Report on vaccination in Madras 1904-1921 - 1904-1921
Year: 1904
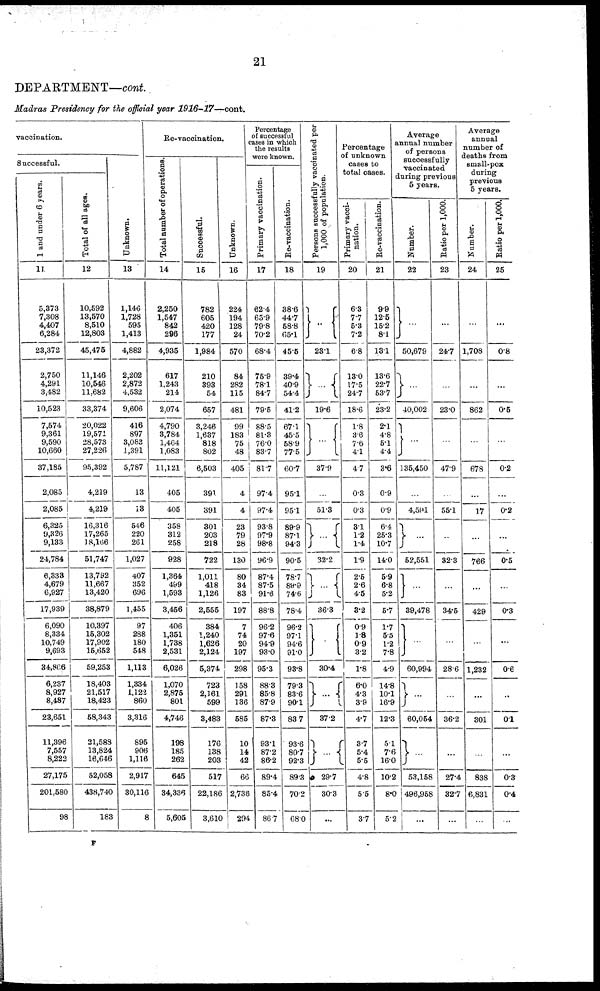
21
DEPARTMENT—cont.
Madras Presidency for the official year 1916-17—cont.
vaccination.
Successful.
1 and under 6 years.
11
5,373
7,308
4,407
6,284
23,372
2,750
4,291
3,482
10,523
7,574
9,361
9,590
10,660
37,185
2,085
2,085
6,325
9,326
9,133
24,784
6,333
4,679
6,927
17,939
6,090
8,334
10,749
9,693
34,866
6,237
8,927
8,487
23,651
11,396
7,557
8,222
27,175
201,580
98
Total of all ages.
12
10,592
13,570
8,510
12,803
45,475
11,146
10,546
11,682
33,374
20,022
19,571
28,573
27,226
95,392
4,219
4,219
16,316
17,265
18,166
51,747
13,792
11,667
13,420
38,879
10,397
15,302
17,902
15,652
59,253
18,403
21,517
18,423
58,343
21,588
13,824
16,646
52,058
438,740
183
Unknown.
13
1,146
1,728
595
1,413
4,882
2,202
2,872
4,532
9,606
416
897
3,083
1,391
5,787
13
13
546
220
261
1,027
407
352
696
1,455
97
288
180
548
1,113
1,334
1,122
860
3,316
895
906
1,116
2,917
30,116
8
Re-vaccination.
Total number of operations
14
2,250
1,547
842
296
4,935
617
1,243
214
2,074
4,790
3,784
1,464
1,083
11,121
405
405
358
312
258
928
1,364
499
1,593
3,456
406
1,351
1,738
2,531
6,026
1,070
2,875
801
4,746
198
185
262
645
34,336
5,605
Successful.
15
782
605
420
177
1,984
210
393
54
657
3,246
1,637
818
802
6,503
391
391
301
203
218
722
1,011
418
1,126
2,555
384
1,240
1,626
2,124
5,374
723
2,161
599
3,483
176
138
203
517
22,186
3,610
Unknown.
16
224
194
128
24
570
84
282
115
481
99
183
75
48
405
4
4
23
79
28
130
80
34
83
197
7
74
20
197
298
158
291
136
585
10
14
42
66
2,736
294
Percentage
of successful
cases in which
the results
were known.
Primary vaccination.
17
62.4
65.9
79.8
70.2
68.4
75.9
78.1
84.7
79.6
88.5
81.3
76.0
83.7
81.7
97.4
97.4
93.8
97.9
98.8
96.9
87.4
87.5
91.6
88.8
96.2
97.6
94.9
93.0
95.3
88.3
85.8
87.9
87.3
93.1
87.2
86.2
89.4
85.4
86.7
Re-vaccination.
18
38.6
44.7
58.8
65.1
45.5
39.4
40.9
54.4
41.2
67.1
45.5
58.9
77.5
60.7
95.1
95.1
89.9
87.1
94.3
90.5
78.7
89.9
74.6
78.4
96.2
97.1
94.6
91.0
93.8
79.3
83.6
90.1
83.7
93.6
80.7
92.3
89.3
70.2
68.0
Persons successfully vaccinated per
1,000 of population.
19
..
23.1
...
19.6
...
37.9
...
51.3
...
32.2
...
36.3
...
30.4
...
37.2
...
29.7
30.3
...
Percentage
of unknown
cases to
total cases.
Primary vacci¬
nation.
20
6.3
7.7
5.3
7.2
6.8
13.0
17.5
24.7
18.6
1.8
3.6
76
4.1
4.7
0.3
0.3
3.1
1.2
1.4
1.9
2.5
2.6
4.5
3.2
0.9
1.8
0.9
3.2
1.8
6.0
4.3
3.9
4.7
3.7
5.4
5.5
4.8
5.5
3.7
Re-vaccination.
21
9.9
12.5
15.2
8.1
13.1
13.6
22.7
53.7
23.2
2.1
4.8
5.1
4.4
3.6
0.9
0.9
6.4
25.3
10.7
14.0
5.9
6.8
5.2
5.7
1.7
5.5
1.2
7.8
4.9
14.8
10.1
16.9
12.3
5.11
7.6
16.0
10.2
8.0
5.2
Average
annual number
of persons
successfully
vaccinated
during previous
5 years.
Number.
22
...
50,679
...
40,002
...
135,450
...
4,591
...
52,551
...
39,478
...
60,994
...
60,054
...
53,158
496,958
...
Ratio per 1,000.
23
...
24.7
...
23.0
...
47.9
...
55.1
...
32.3
...
34.5
...
28.6
...
36.2
...
27.4
32.7
...
Average
annual
number of
deaths from
small-pox
during
previous
5 years.
Number.
24
...
1,708
...
862
...
678
...
17
...
766
...
429
...
1,232
...
301
...
838
6,831
...
Ratio per 1,000.
25
...
0.8
...
0.5
...
0.2
...
0.2
...
0.5
...
0.3
...
0.6
...
0.1
...
0.3
0.4
...
F